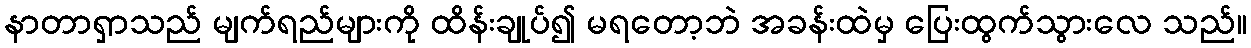
နာတာရှာသည် မျက်ရည်များကို ထိန်းချုပ်၍ မရတော့ဘဲ အခန်းထဲမှ ပြေးထွက်သွားလေ သည်။